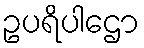
ဥပရိပါဌော